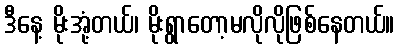
ဒီနေ့ မိုးအုံ့တယ်၊ မိုးရွာတော့မလိုလိုဖြစ်နေတယ်။